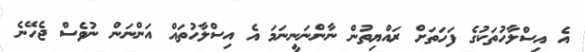
އެ އިސްލާހުތަކުގެ ފަހަތަށް ރައްޔިތުން ނާންނަނީނަމަ އެ އިސްލާހުތައް އަންނަން ނުވެސް ޖެހޭނެ